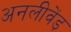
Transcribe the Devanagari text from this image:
अनलीवेंड़